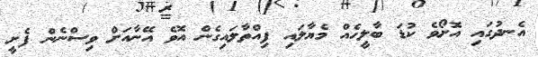
އެނދުގައި އޮށޯވެ ކުޑަ ބާލީހެއް މެޔާލައި ފިއްތާލައިގެން އޮވެ އޭނާއަށް ވިސްނެން ފެށީ